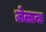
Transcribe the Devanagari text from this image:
ज़ेलान्ड